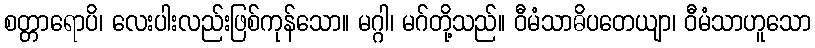
စတ္တာရောပိ၊ လေးပါးလည်းဖြစ်ကုန်သော။ မဂ္ဂါ၊ မဂ်တို့သည်။ ဝီမံသာဓိပတေယျာ၊ ဝီမံသာဟူသော